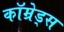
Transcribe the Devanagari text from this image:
कॉम्रेड्स